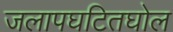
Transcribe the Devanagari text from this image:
जलापघटितघोल